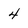
Character: 4